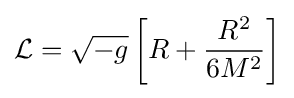
{\mathcal {L}}={\sqrt {-g}}\left[R+{\frac {R^{2}}{6M^{2}}}\right]